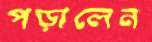
পড়ালেন